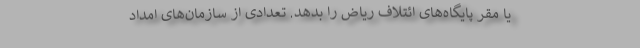
یا مقر پایگاه‌های ائتلاف ریاض را بدهد. تعدادی از سازمان‌های امداد